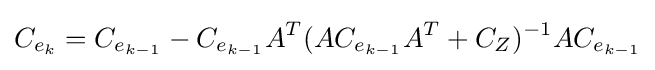
C_{e_{k}}=C_{e_{k-1}}-C_{e_{k-1}}A^{T}(AC_{e_{k-1}}A^{T}+C_{Z})^{-1}AC_{e_{k-1}}